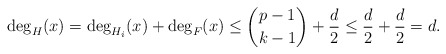
\begin{align*} \deg_H(x)=\deg_{H_i}(x)+\deg_F(x)\leq \binom{p-1}{k-1}+\frac{d}{2}\leq \frac{d}{2}+\frac{d}{2}=d.\end{align*}